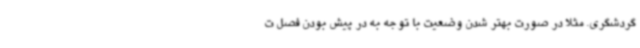
گردشگری. مثلا در صورت بهتر شدن وضعیت با توجه به در پیش بودن فصل ت